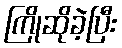
ကြိုဆိုခဲ့ပြီး